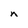
Character: n